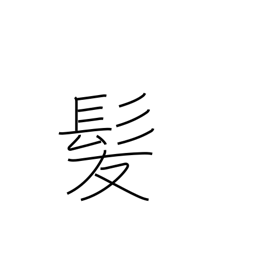
Meaning: hair of the head